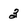
Character: 3